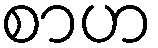
စာဟ